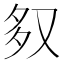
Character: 𭐶